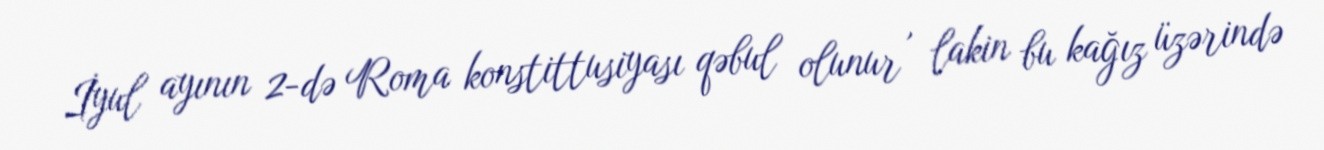
İyul ayının 2-də Roma konstittusiyası qəbul olunur , lakin bu kağız üzərində